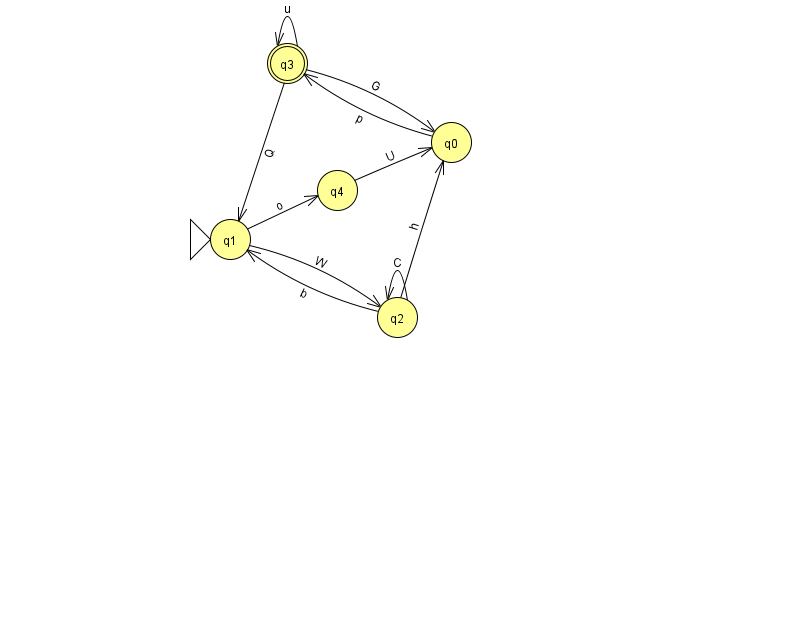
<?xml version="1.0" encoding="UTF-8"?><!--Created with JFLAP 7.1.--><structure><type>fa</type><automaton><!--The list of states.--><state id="0" name="q0"><x>451.0</x><y>129.0</y></state><state id="1" name="q1"><x>230.0</x><y>226.0</y><initial/></state><state id="2" name="q2"><x>397.0</x><y>304.0</y></state><state id="3" name="q3"><x>287.0</x><y>50.0</y><final/></state><state id="4" name="q4"><x>337.0</x><y>177.0</y></state><!--The list of transitions.--><transition><from>2</from><to>2</to><read>C</read></transition><transition><from>3</from><to>1</to><read>Q</read></transition><transition><from>3</from><to>3</to><read>u</read></transition><transition><from>0</from><to>3</to><read>p</read></transition><transition><from>1</from><to>4</to><read>o</read></transition><transition><from>2</from><to>1</to><read>b</read></transition><transition><from>1</from><to>2</to><read>W</read></transition><transition><from>2</from><to>0</to><read>h</read></transition><transition><from>3</from><to>0</to><read>G</read></transition><transition><from>4</from><to>0</to><read>U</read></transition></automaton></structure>